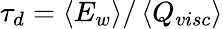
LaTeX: \tau_{d}=\left<E_{w}\right>/\left<Q_{visc}\right>